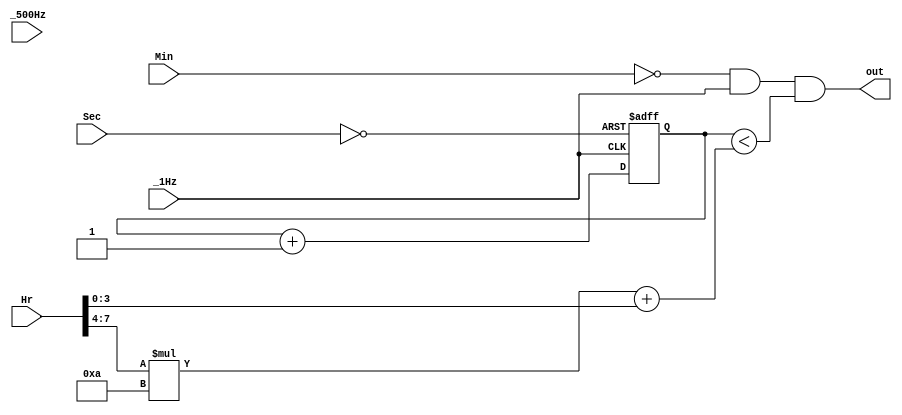
module Radio(Hr,Min,_1Hz,_500Hz,Sec,out);
	input [7:0]Hr;
	input [7:0]Min;
	input [7:0]Sec;
	input _1Hz,_500Hz;
	output out;
	
	wire ENP;
	wire en;
	reg [3:0]cnt;
	
	assign ENP=(Min==8'b00);
	assign out=(ENP&&_1Hz&&(cnt<(Hr[7:4]*4'd10+Hr[3:0])));
	assign en=(Sec==8'b00);
	
	always@(negedge _1Hz or posedge en)
		if(en)
			cnt<=4'b0;
		else if(cnt==5'h30)
			cnt<=5'h30;
		else
			cnt<=cnt+1'b1;
			
endmodule